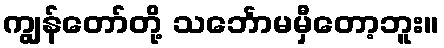
ကျွန်တော်တို့ သင်္ဘောမမှီတော့ဘူး။